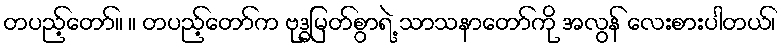
တပည့်တော်။ ။ တပည့်တော်က ဗုဒ္ဓမြတ်စွာရဲ့ သာသနာတော်ကို အလွန် လေးစားပါတယ်၊